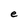
Character: e